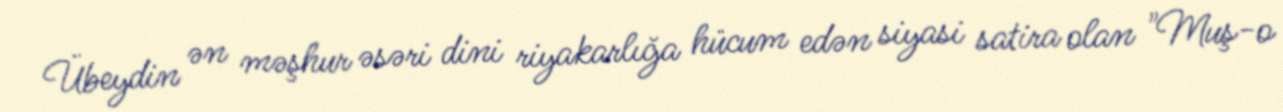
Übeydin ən məşhur əsəri dini riyakarlığa hücum edən siyasi satira olan "Muş-o